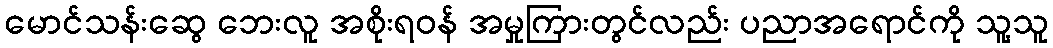
မောင်သန်းဆွေ ဘေးလူ အစိုးရဝန် အမှုကြားတွင်လည်း ပညာအရောင်ကို သူ့သူ